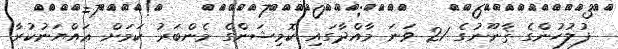
ފުލުހުންގެ ޤާނޫނުގެ 21 ވަނަ މާއްދާގައި ކޮމިޝަންގެ މެންބަރު ކަމަށް ޢައްޔަނުކުރާ